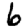
Digit: 6